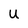
Character: U